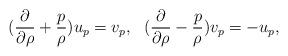
LaTeX: \begin{align*}({\partial\over{\partial\rho}}+{p\over \rho})u_p=v_p,~~({\partial\over{\partial\rho}}-{p\over \rho})v_p=-u_p, \end{align*}